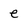
Character: e